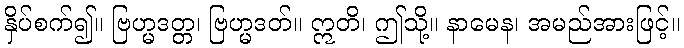
နှိပ်စက်၍။ ဗြဟ္မဒတ္တ၊ ဗြဟ္မဒတ်။ ဣတိ၊ ဤသို့။ နာမေန၊ အမည်အားဖြင့်။